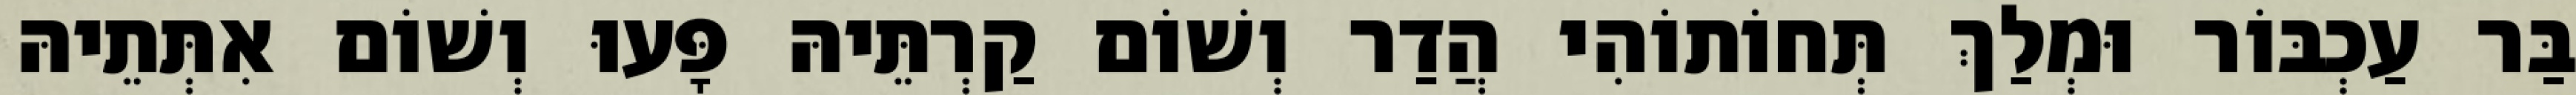
בַּר עַכְבּוֹר וּמְלַךְ תְּחוֹתוֹהִי הֲדַר וְשׁוֹם קַרְתֵּיהּ פָּעוּ וְשׁוֹם אִתְּתֵיהּ